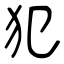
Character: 犯